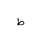
Letter: _da